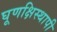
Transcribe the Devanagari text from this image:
घूणक्षिस्थापी